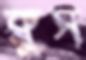
ক্লুস